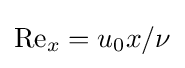
{\mathrm {Re} _{x}}=u_{0}x/\nu